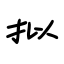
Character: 拟